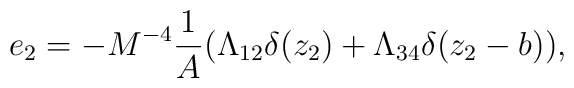
e_2=-M^{-4}\frac{1}{A}(\Lambda_{12}\delta(z_2)+\Lambda_{34}\delta(z_2-b)),